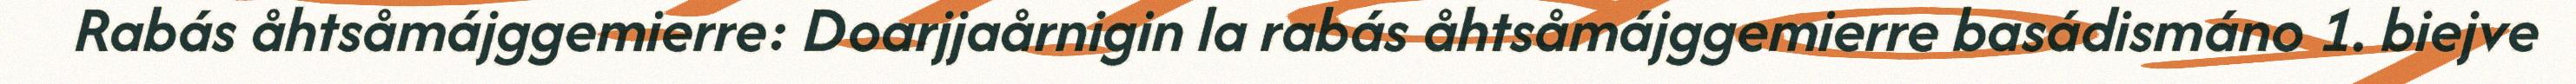
Rabás åhtsåmájggemierre: Doarjjaårnigin la rabás åhtsåmájggemierre basádismáno 1. biejve